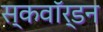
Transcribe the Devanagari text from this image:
स्कवाॅर्डन